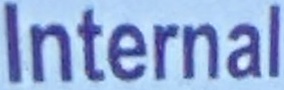
Internal